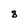
Character: 8